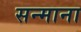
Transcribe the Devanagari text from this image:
सन्माना